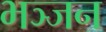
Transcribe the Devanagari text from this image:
भञ्जन